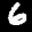
Label: 6